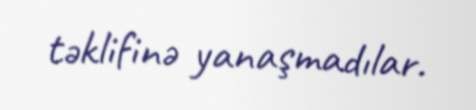
təklifinə yanaşmadılar.